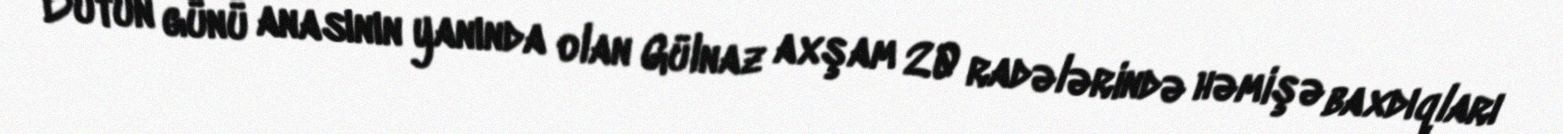
Bütün günü anasının yanında olan Gülnaz axşam 20 radələrində həmişə baxdıqları